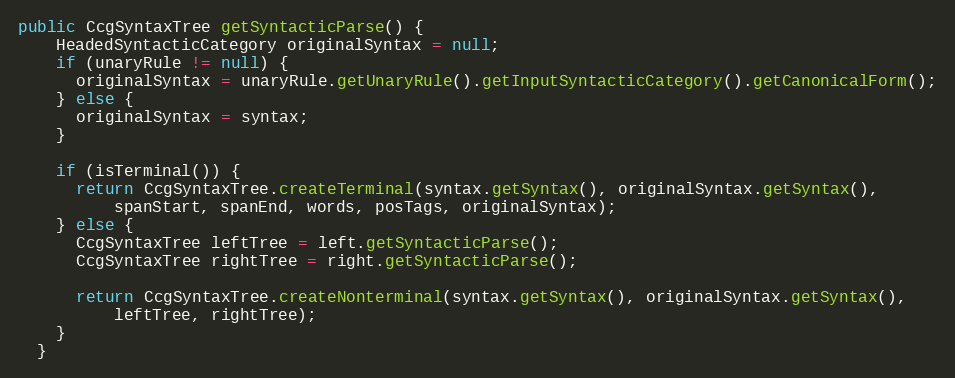
Language: Java
public CcgSyntaxTree getSyntacticParse() {
    HeadedSyntacticCategory originalSyntax = null;
    if (unaryRule != null) {
      originalSyntax = unaryRule.getUnaryRule().getInputSyntacticCategory().getCanonicalForm();
    } else {
      originalSyntax = syntax;
    }

    if (isTerminal()) {
      return CcgSyntaxTree.createTerminal(syntax.getSyntax(), originalSyntax.getSyntax(),
          spanStart, spanEnd, words, posTags, originalSyntax);
    } else {
      CcgSyntaxTree leftTree = left.getSyntacticParse();
      CcgSyntaxTree rightTree = right.getSyntacticParse();

      return CcgSyntaxTree.createNonterminal(syntax.getSyntax(), originalSyntax.getSyntax(),
          leftTree, rightTree);
    }
  }